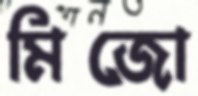
মিজো